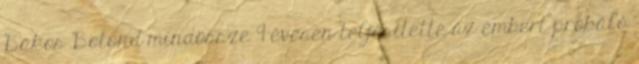
Bakos Botond mindössze 9 évesen teljesítette az embert próbáló